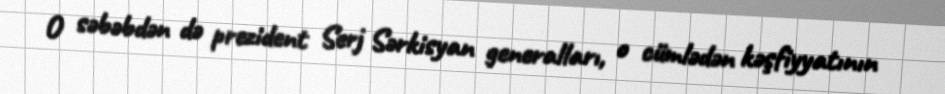
O səbəbdən də prezident Serj Sərkisyan generalları, o cümlədən kəşfiyyatının